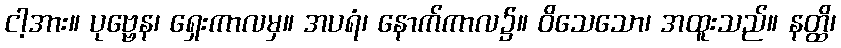
ငါ့အား။ ပုဗ္ဗေန၊ ရှေးကာလမှ။ အပရံ၊ နောက်ကာလ၌။ ဝိသေသော၊ အထူးသည်။ နတ္ထိ၊